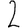
Digit: 2